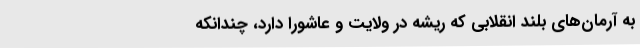
به آرمان‌های بلند انقلابی که ریشه در ولایت و عاشورا دارد، چندانکه